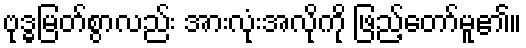
ဗုဒ္ဓမြတ်စွာလည်း အားလုံးအလိုကို ဖြည့်တော်မူ၏။